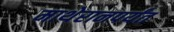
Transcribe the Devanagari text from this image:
माथेरानपर्यंत